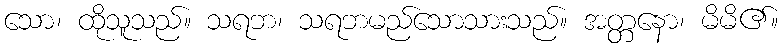
သော၊ ထိုသူသည်။ သရဘ၊ သရဘမည်သောသားသည်။ အတ္တနော၊ မိမိ၏။